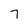
Character: 7